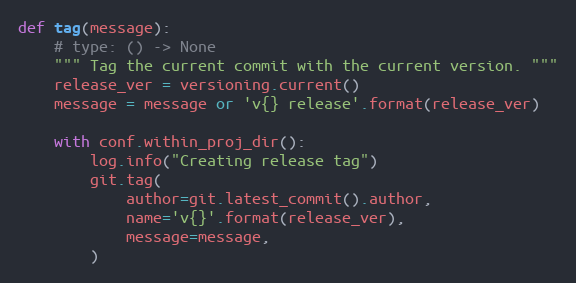
Language: Python
def tag(message):
    # type: () -> None
    """ Tag the current commit with the current version. """
    release_ver = versioning.current()
    message = message or 'v{} release'.format(release_ver)

    with conf.within_proj_dir():
        log.info("Creating release tag")
        git.tag(
            author=git.latest_commit().author,
            name='v{}'.format(release_ver),
            message=message,
        )